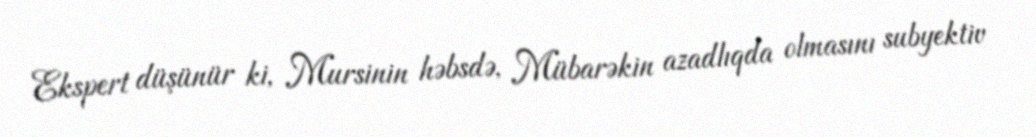
Ekspert düşünür ki, Mursinin həbsdə, Mübarəkin azadlıqda olmasını subyektiv